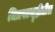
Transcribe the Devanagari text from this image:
चित्रपटसॄष्टीतील